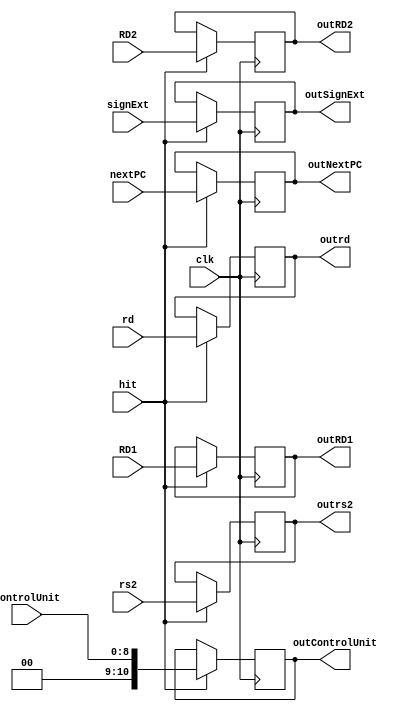
module ID_EX_Register(
	input [31:0]nextPC,
	input [31:0]signExt,
	input [31:0]RD1,
	input [31:0]RD2,
	input [4:0]rd,
	input [4:0]rs2,
	input [8:0]controlUnit,
	input clk, hit,
	
	output reg [31:0]outNextPC,
	output reg [31:0]outSignExt,
	output reg [31:0]outRD1,
	output reg [31:0]outRD2,
	output reg [4:0]outrd,
	output reg [4:0]outrs2,
	output reg [10:0]outControlUnit
    );
	 
	always @(posedge clk) begin
	
		if(hit == 1) 
			begin
				outNextPC = nextPC;
				outSignExt = signExt;
				outRD1 = RD1;
				outRD2 = RD2;
				outrd = rd;
				outrs2 = rs2;
				outControlUnit = controlUnit;
			end
					
	end

endmodule